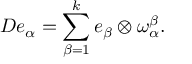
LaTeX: D e _ { \alpha } = \sum _ { \beta = 1 } ^ { k } e _ { \beta } \otimes \omega _ { \alpha } ^ { \beta } .